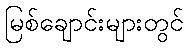
မြစ်ချောင်းများတွင်